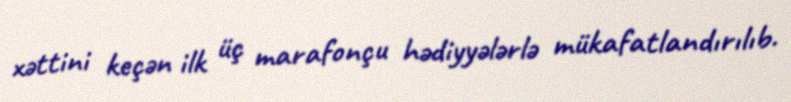
xəttini keçən ilk üç marafonçu hədiyyələrlə mükafatlandırılıb.